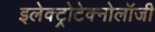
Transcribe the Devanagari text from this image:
इलेक्ट्रोटेक्नोलॉजी